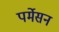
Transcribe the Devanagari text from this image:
पर्मेसन